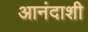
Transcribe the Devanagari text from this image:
आनंदाशी